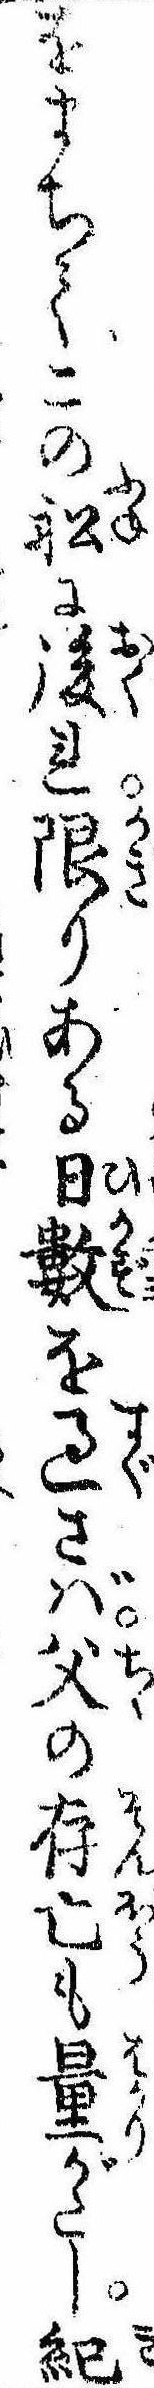
をまちてこの船に後れ限りある日数を過さば父の存亡も量がたし紀